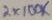
Text: 2X100K